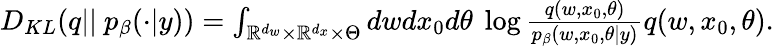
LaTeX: \begin{array}{r}{D_{KL}(q||\ p_{\beta}(\cdot|y))=\int_{\mathbb{R}^{d_{w}}\times\mathbb{R}^{d_{x}}\times\Theta}dwdx_{0}d\theta\ \log{\frac{q(w,x_{0},\theta)}{p_{\beta}(w,x_{0},\theta|y)}}q(w,x_{0},\theta).}\end{array}